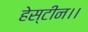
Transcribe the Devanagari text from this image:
हेस्टीन।।